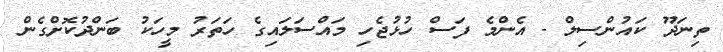
ތިނަދޫ ކައުންސިލް - އެންމެ ފަސް ހުޅުޖެހި މައްސަލައިގެ ހަތަރު މީހަކު ބަންދުކޮށްގެން